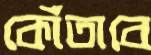
কোঁতাবে